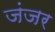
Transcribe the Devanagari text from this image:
जंजर